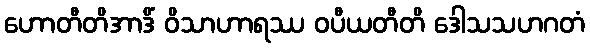
ဟောတီတိအာဒိံ ဝိသာဟာရဿ ဝပီယတီတိ ဒေါသသဟဂတံ